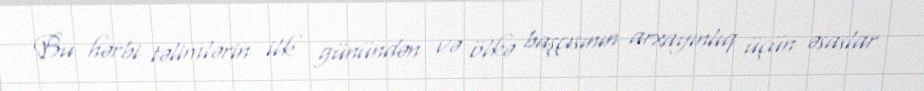
Bu hərbi təlimlərin ilk günündən və ölkə başçısının arxayınlıq üçün əsaslar